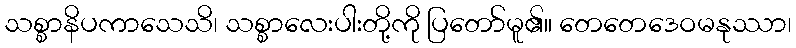
သစ္စာနိပကာသေသိ၊ သစ္စာလေးပါးတို့ကို ပြတော်မူ၏။ တေတေဒေဝမနုဿာ၊